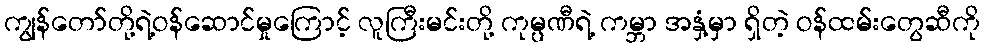
ကျွန်တော်တို့ရဲ့ဝန်ဆောင်မှုကြောင့် လူကြီးမင်းတို့ ကုမ္ပဏီရဲ့ ကမ္ဘာ အနှံ့မှာ ရှိတဲ့ ဝန်ထမ်းတွေဆီကို